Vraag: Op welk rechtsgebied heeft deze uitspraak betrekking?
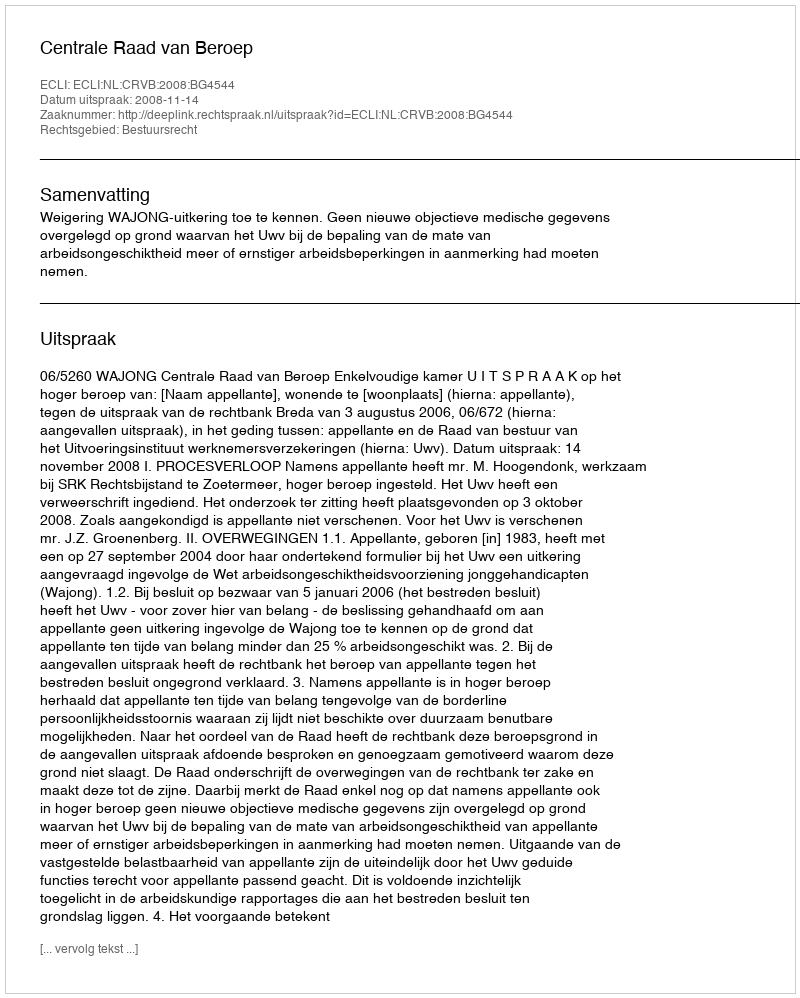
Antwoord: Bestuursrecht